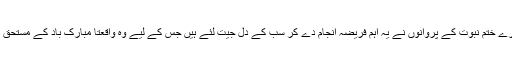
ہمارے ختم نبوت کے پروانوں نے یہ اہم فریضہ انجام دے کر سب کے دل جیت لئے ہیں جس کے لیے وہ واقعتاً مبارک باد کے مستحق ہیں۔